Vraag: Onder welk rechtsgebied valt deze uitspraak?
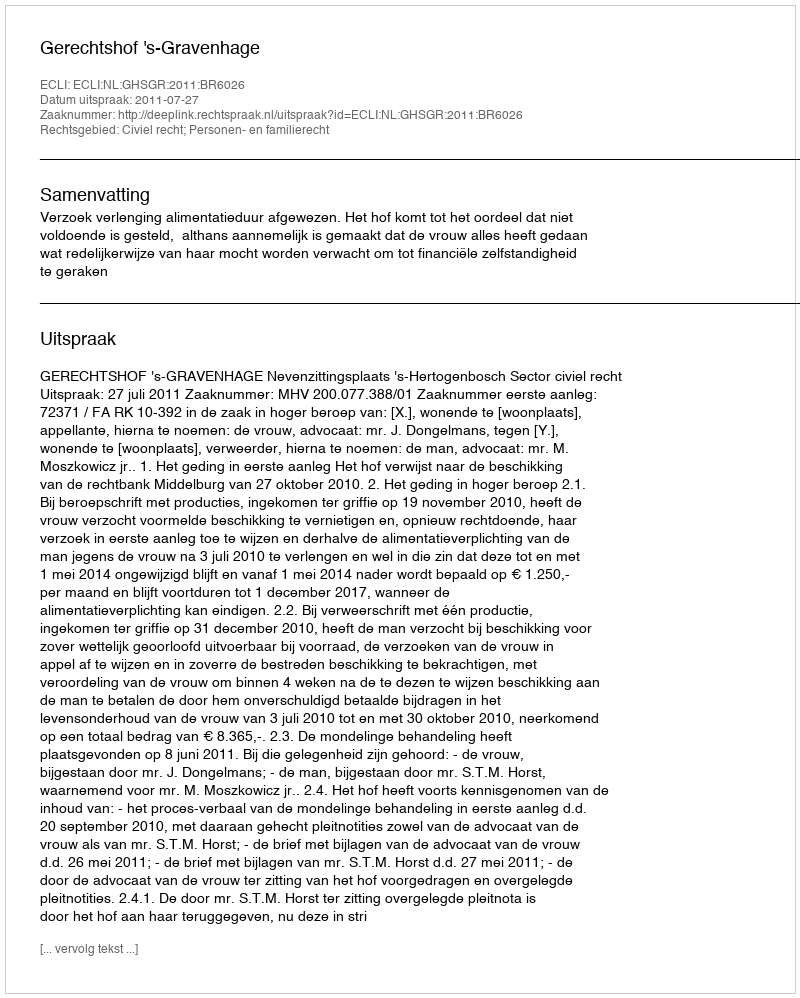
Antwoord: Civiel recht; Personen- en familierecht